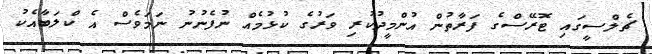
ޗެލްސީގައި ޓޮރޭސްގެ ފަރާތުން އުންމީދުކުރި ވަރުގެ ކުޅުމެއް ނުފެނުނު ނަމަވެސް އެ ކްލަބާއެކު